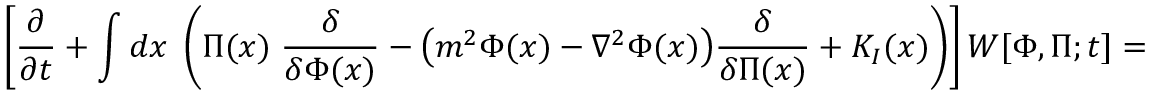
\left[ { \frac { \partial } { \partial t } } + \int d x \; \left( \Pi ( x ) \; { \frac { \delta } { \delta \Phi ( x ) } } - \big ( m ^ { 2 } \Phi ( x ) - \nabla ^ { 2 } \Phi ( x ) \big ) { \frac { \delta } { \delta \Pi ( x ) } } + { \cal K } _ { I } ( x ) \right) \right] W [ \Phi , \Pi ; t ] = 0 \; ,